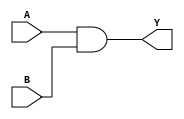
module continuous_assignment_statement (
    input wire A,
    input wire B,
    output wire Y
);

assign Y = A & B;

endmodule